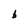
Character: b